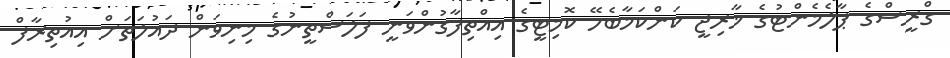
ގްރީސްގެ ޕާލެމެންޓުގެ ޚާރިޖީ ކަންކަމާބެހޭ ކޮމިޓީގެ އިއްތިފާގުންވަނީ ފަލަސްތީނުގެ މިނިވަން ދައުލަތަށް އިއުތިރާފް